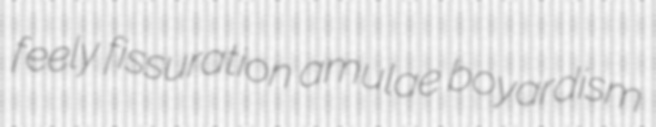
feely fissuration amulae boyardism